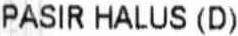
PASIR HALUS (D)